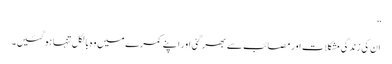
”
ان کی زندگی مشکلات اور مصائب سے بھر گئی اور اپنے کمرے میں وہ بالکل تنہا ہوگئیں۔